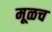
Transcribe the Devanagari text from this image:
मूळच